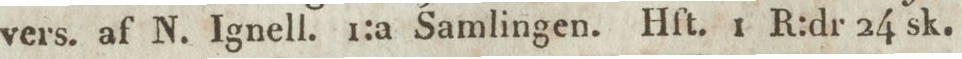
vers. af N. Ignell. 1:a Samlingen. Hft. 1 R:dr 24 sk.